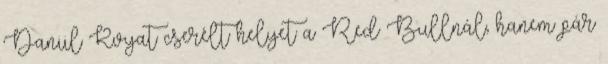
Daniil Kvyat cserélt helyet a Red Bullnál, hanem pár